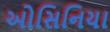
ઓસિનિયા